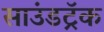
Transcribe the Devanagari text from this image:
साउंडट्रॅक